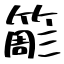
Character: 簓